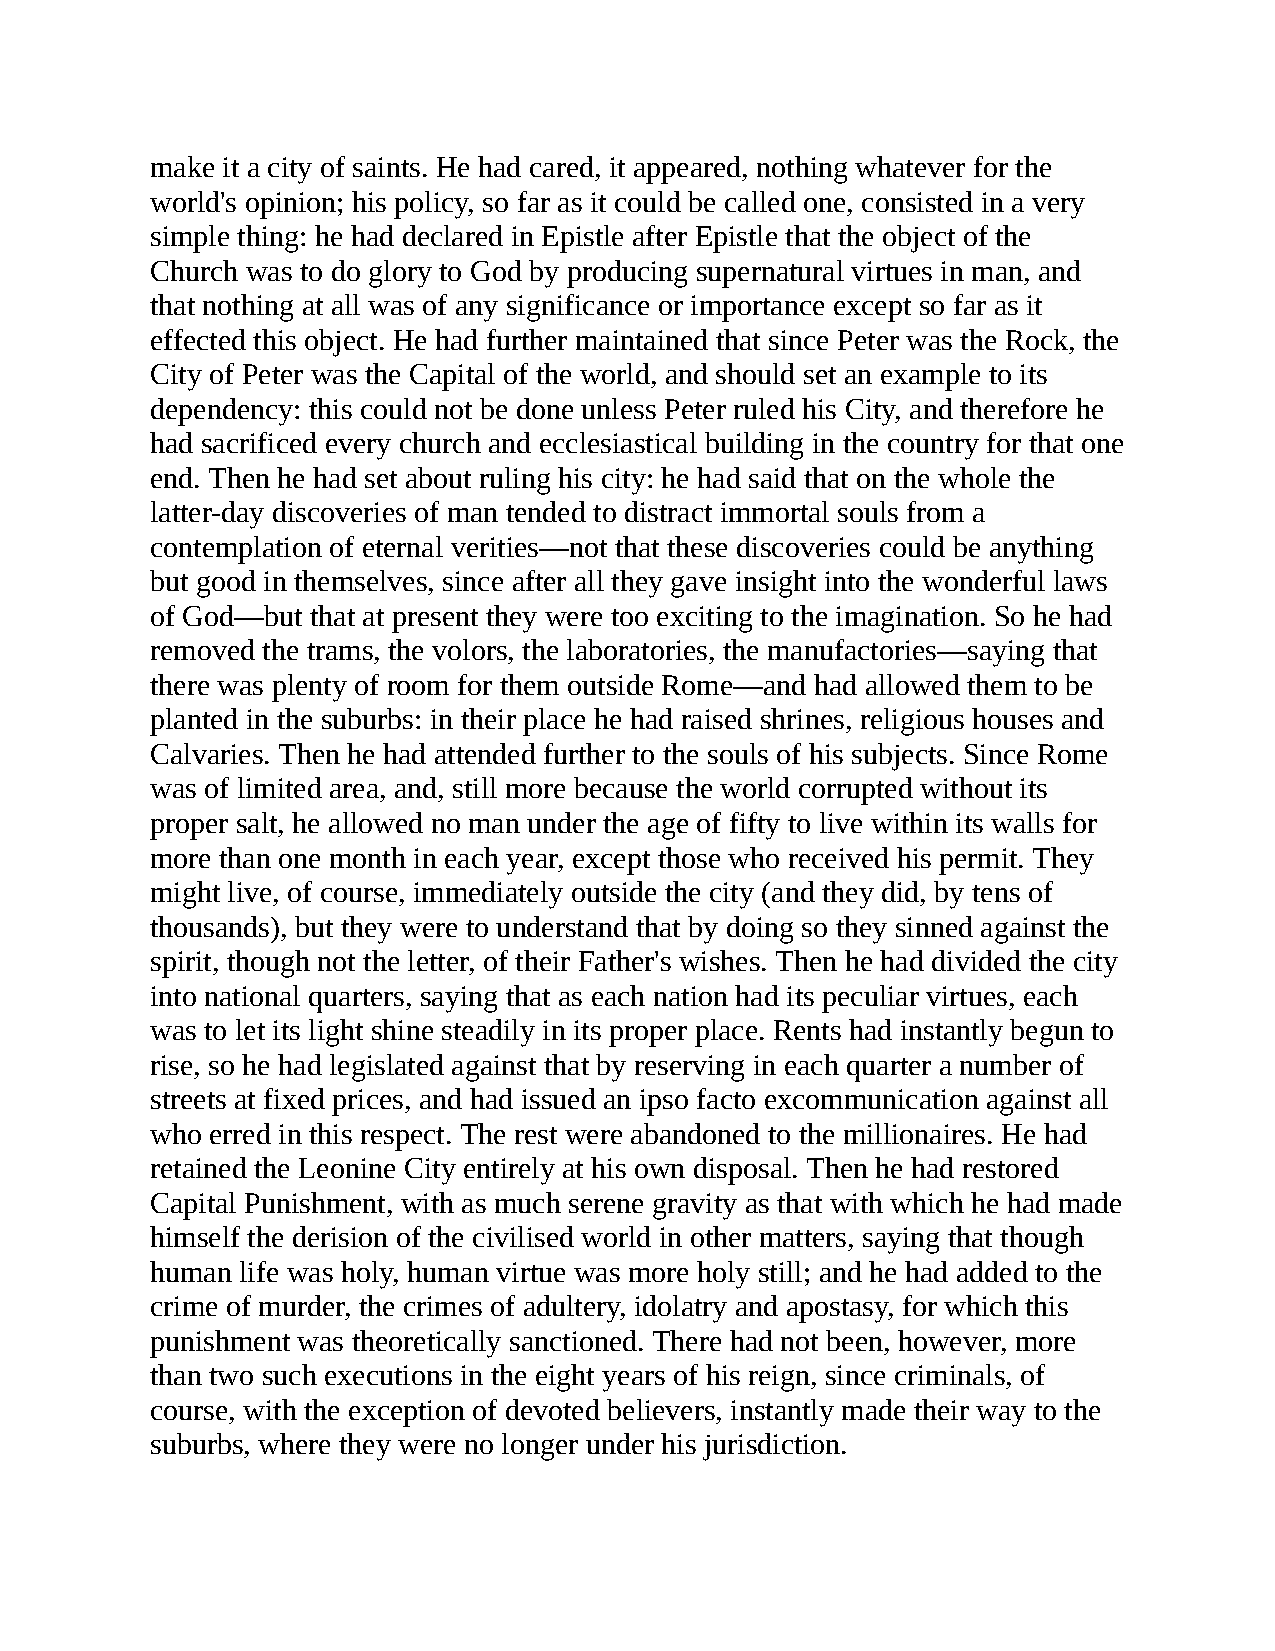
make it a city of saints. He had cared, it appeared, nothing whatever for the
 world's opinion; his policy, so far as it could be called one, consisted in a very
 simple thing: he had declared in Epistle after Epistle that the object of the
 Church was to do glory to God by producing supernatural virtues in man, and
 that nothing at all was of any significance or importance except so far as it
 effected this object. He had further maintained that since Peter was the Rock, the
 City of Peter was the Capital of the world, and should set an example to its
 dependency: this could not be done unless Peter ruled his City, and therefore he
 had sacrificed every church and ecclesiastical building in the country for that one
 end. Then he had set about ruling his city: he had said that on the whole the
 latter-day discoveries of man tended to distract immortal souls from a
 contemplation of eternal verities—not that these discoveries could be anything
 but good in themselves, since after all they gave insight into the wonderful laws
 of God—but that at present they were too exciting to the imagination. So he had
 removed the trams, the volors, the laboratories, the manufactories—saying that
 there was plenty of room for them outside Rome—and had allowed them to be
 planted in the suburbs: in their place he had raised shrines, religious houses and
 Calvaries. Then he had attended further to the souls of his subjects. Since Rome
 was of limited area, and, still more because the world corrupted without its
 proper salt, he allowed no man under the age of fifty to live within its walls for
 more than one month in each year, except those who received his permit. They
 might live, of course, immediately outside the city (and they did, by tens of
 thousands), but they were to understand that by doing so they sinned against the
 spirit, though not the letter, of their Father's wishes. Then he had divided the city
 into national quarters, saying that as each nation had its peculiar virtues, each
 was to let its light shine steadily in its proper place. Rents had instantly begun to
 rise, so he had legislated against that by reserving in each quarter a number of
 streets at fixed prices, and had issued an ipso facto excommunication against all
 who erred in this respect. The rest were abandoned to the millionaires. He had
 retained the Leonine City entirely at his own disposal. Then he had restored
 Capital Punishment, with as much serene gravity as that with which he had made
 himself the derision of the civilised world in other matters, saying that though
 human life was holy, human virtue was more holy still; and he had added to the
 crime of murder, the crimes of adultery, idolatry and apostasy, for which this
 punishment was theoretically sanctioned. There had not been, however, more
 than two such executions in the eight years of his reign, since criminals, of
 course, with the exception of devoted believers, instantly made their way to the
 suburbs, where they were no longer under his jurisdiction.